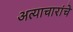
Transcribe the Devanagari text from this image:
अत्याचारांचे